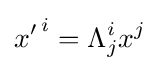
{x'}^{\,i}=\Lambda _{j}^{i}x^{j}